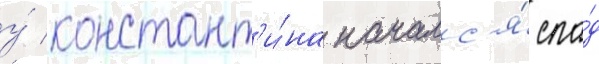
у́ констант'и́на началс'я́ спа́д